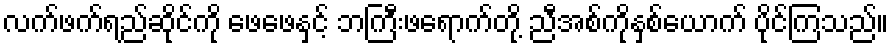
လက်ဖက်ရည်ဆိုင်ကို ဖေဖေနှင့် ဘကြီးဖရောက်တို့ ညီအစ်ကိုနှစ်ယောက် ပိုင်ကြသည်။